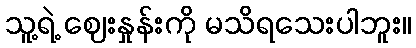
သူ့ရဲ့ ဈေးနှုန်းကို မသိရသေးပါဘူး။